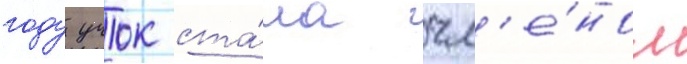
году учок ста́ла чл'е́ном